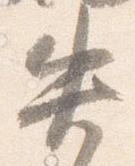
失